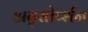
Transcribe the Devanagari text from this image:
अद्सोर्प्शन